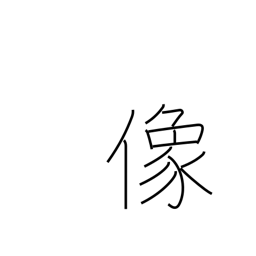
Meaning: image